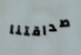
صداقتنا